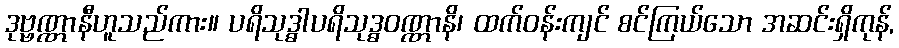
ဒုဗ္ဗဏ္ဏာနီဟူသည်ကား။ ပရိသုဒ္ဓါပရိသုဒ္ဓဝဏ္ဏာနိ၊ ထက်ဝန်းကျင် စင်ကြယ်သော အဆင်းရှိကုန်,